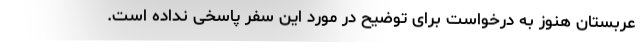
عربستان هنوز به درخواست برای توضیح در مورد این سفر پاسخی نداده است.